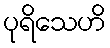
ပုရိသေဟိ